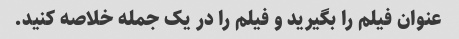
عنوان فیلم را بگیرید و فیلم را در یک جمله خلاصه کنید.